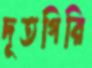
দূতগিরি